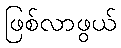
ဖြစ်လာဖွယ်